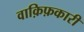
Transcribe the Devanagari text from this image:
वाक़िफ़कारी